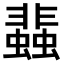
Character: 𧓊